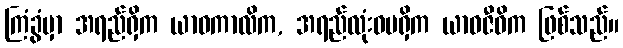
ကြံခွံမှာ အရည်ရှိက ယာဝကာလိက, အရည်လုံးဝမရှိက ယာဝဇီဝိက ဖြစ်သည်။